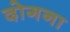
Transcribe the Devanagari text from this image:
दोगना